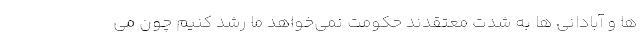
ها و آبادانی ها به شدت معتقدند حکومت نمی‌خواهد ما رشد کنیم چون می